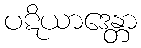
ပဋိယာဒေန္တာ